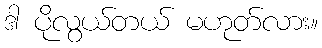
ဒါ ပိုလွယ်တယ် မဟုတ်လား။